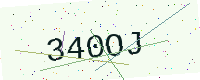
Text: 340OJ